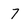
Character: 7